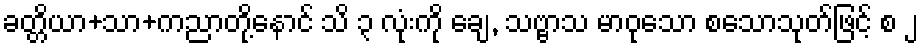
ခတ္တိယာ+သာ+ကညာတို့နောင် သိ ၃ လုံးကို ချေ, သဗ္ဗာသ မာဝုသော စသောသုတ်ဖြင့် စ ၂